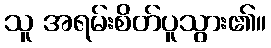
သူ အရမ်းစိတ်ပူသွား၏။